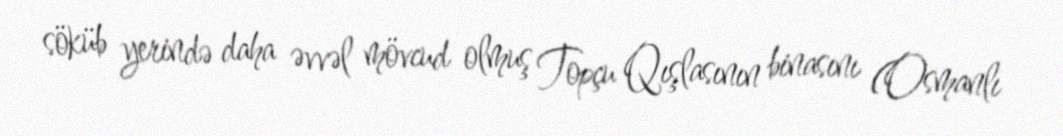
söküb yerində daha əvvəl mövcud olmuş Topçu Qışlasının binasını (Osmanlı